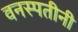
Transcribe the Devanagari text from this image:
वनस्पतीनी